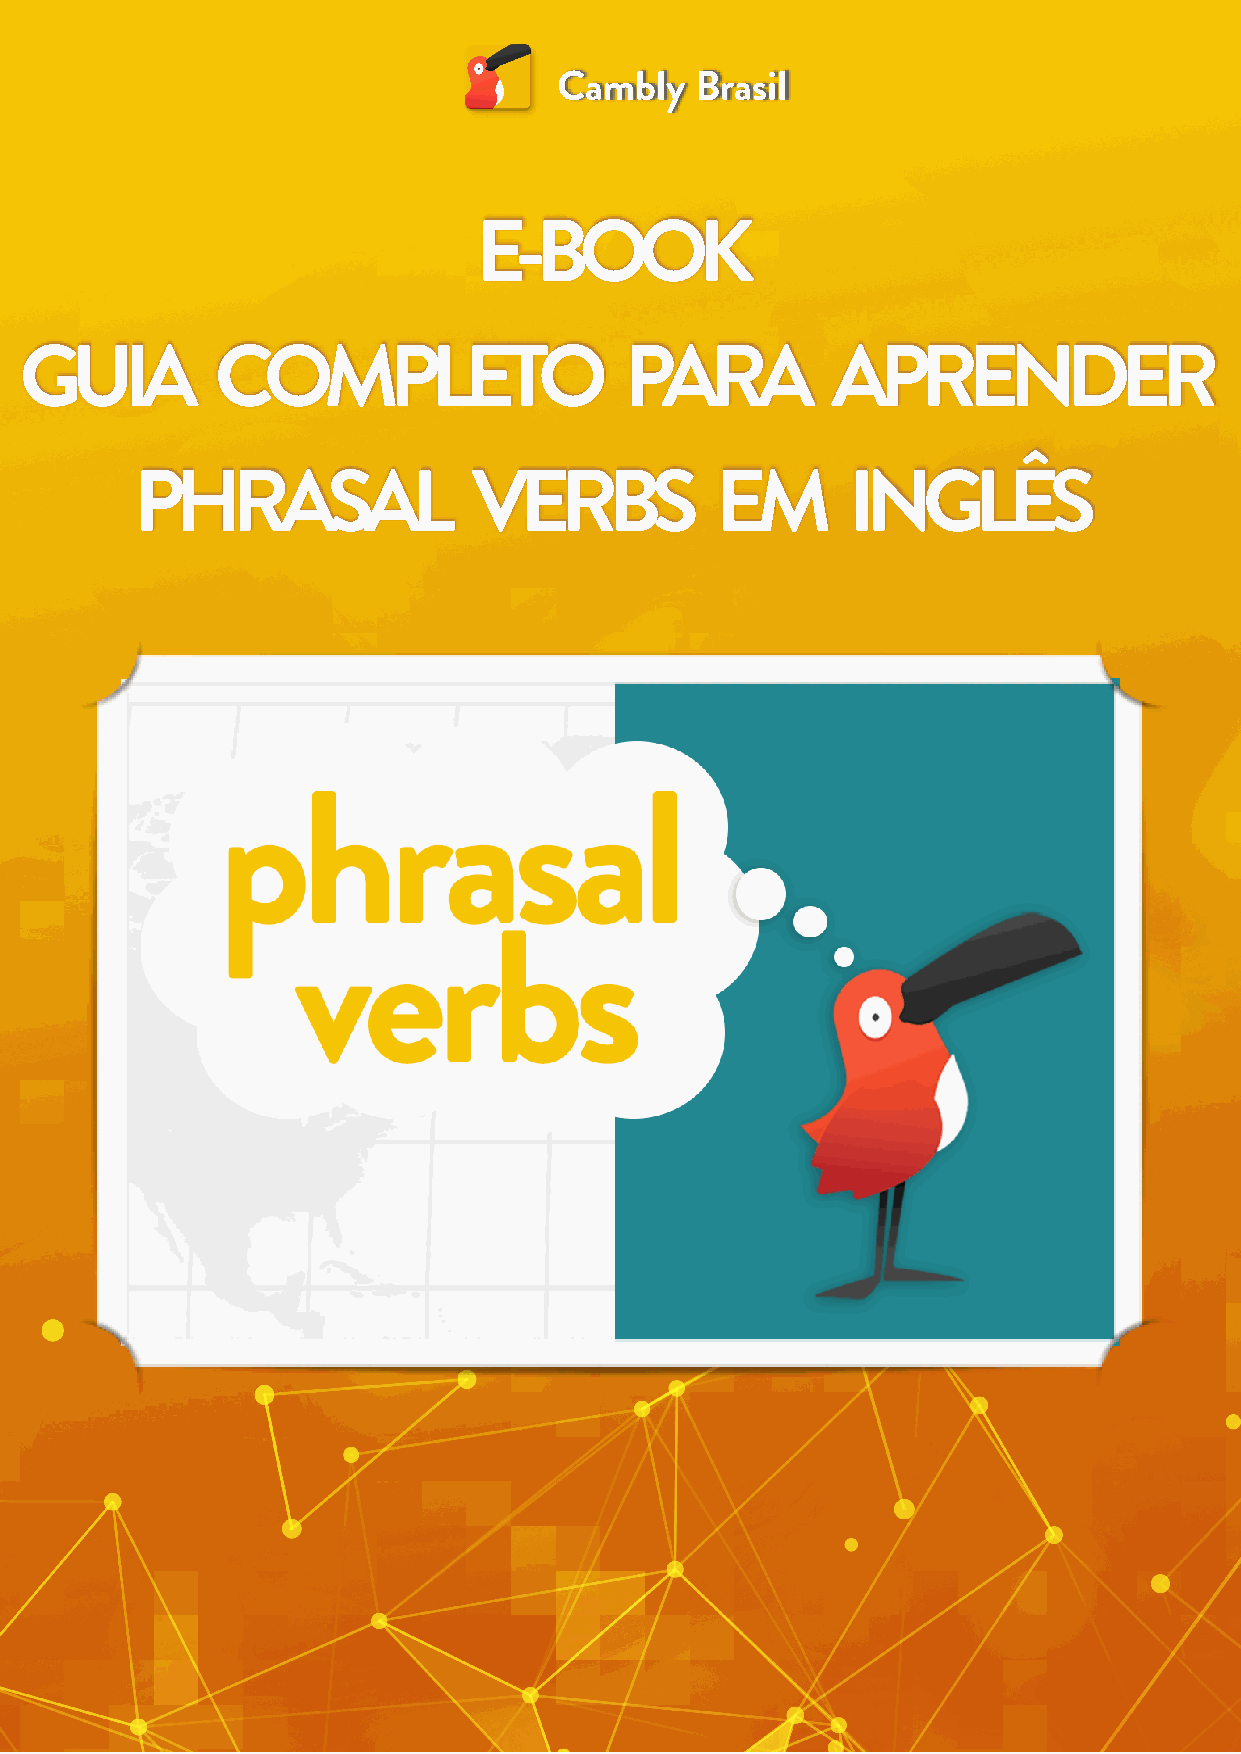
Cambly   Brasil
 1
 www.cambly.com

 E-BOOK
 GUIA         COMPLETO                   PARA          APRENDER
 PHRASAL               VERBS           EM       INGLÊS